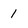
Character: 1